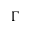
\Gamma